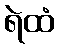
ရဲထံ